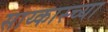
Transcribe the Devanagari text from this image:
साय्कास्च्या